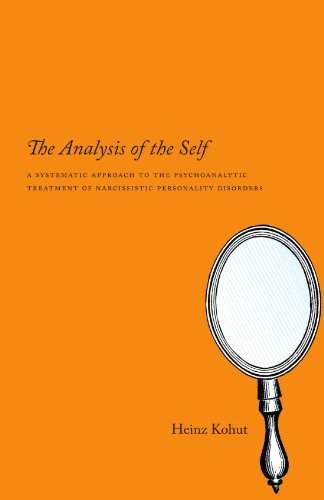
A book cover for The Analysis of the Self: A Systematic Approach to the Psychoanalytic Treatment of Narcissistic Personality Disorders; Heinz Kohut; Health, Fitness & Dieting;